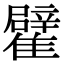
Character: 𩁊